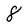
Character: 8